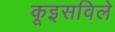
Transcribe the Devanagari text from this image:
कूइसविले